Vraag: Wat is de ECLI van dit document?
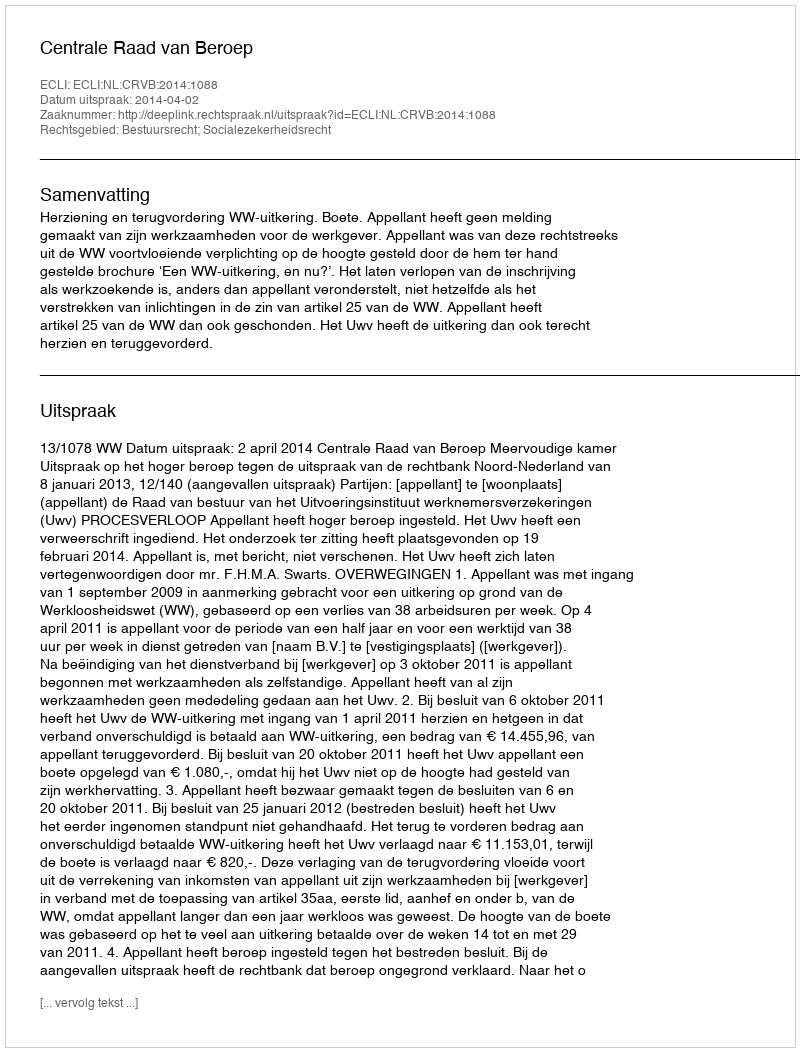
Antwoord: ECLI:NL:CRVB:2014:1088